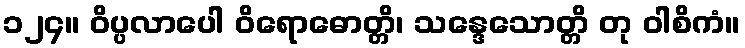
၁၂၄။ ဝိပ္ပလာပေါ ဝိရောဓောတ္တိ၊ သန္ဒေသောတ္တိ တု ဝါစိကံ။